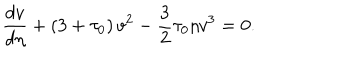
\frac { d v } { d \eta } + \left( 3 + \tau _ { 0 } \right) v ^ { 2 } - \frac 3 2 \tau _ { 0 } \eta v ^ { 3 } = 0 .